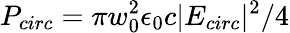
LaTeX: P_{circ}=\pi w_{0}^{2}\epsilon_{0}c|E_{circ}|^{2}/4